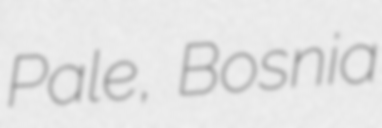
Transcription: Pale, Bosnia